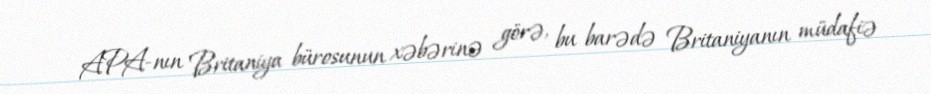
APA-nın Britaniya bürosunun xəbərinə görə, bu barədə Britaniyanın müdafiə